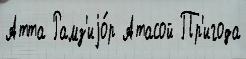
Атта Рамз'иjо́р Атасой Пр'игода